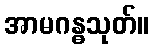
အာမဂန္ဓသုတ်။